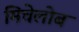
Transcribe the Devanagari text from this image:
मिचेलोब